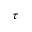
\tau